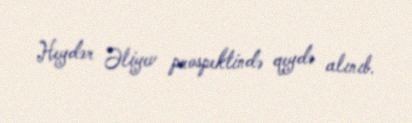
Heydər Əliyev prospektində qeydə alınıb.